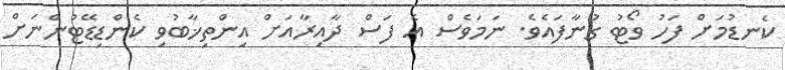
ކެނޑުމަށް ފަހު ވޯޓު ގުނާފައެވެ. ނަަމަވެސް އެ ފަސް ދާއިރާއަށް އިންތިޚާބުވި ކެންޑިޑޭޓުންނަށް